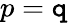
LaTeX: p=\mathtt{q}